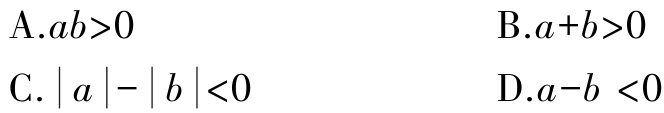
A.$ab>0$

B.$a + b>0$

C.$\vert a\vert-\vert b\vert<0$

D.$a - b<0$